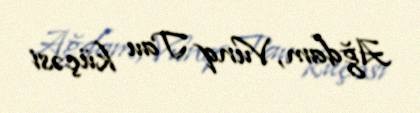
Ağdam, Vunq Tau küçəsi